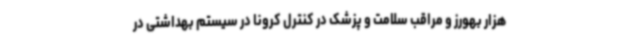
هزار بهورز و مراقب سلامت و پزشک در کنترل کرونا در سیستم بهداشتی در